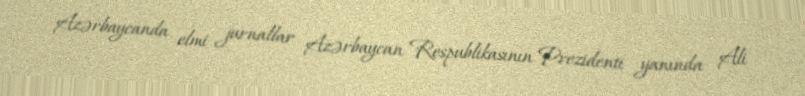
Azərbaycanda elmi jurnallar Azərbaycan Respublikasının Prezidenti yanında Ali